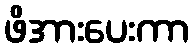
ဖိအားပေးကာ